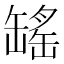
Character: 𫄾